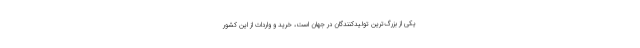
یکی از بزرگ‌ترین تولیدکنندگان در جهان است، خرید و واردات از این کشور